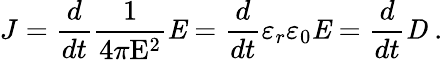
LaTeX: J={\frac{d}{dt}}{\frac{1}{4\pi\mathrm{E}^{2}}}{\mathit{E}}={\frac{d}{dt}}\varepsilon_{r}\varepsilon_{0}{\mathit{E}}={\frac{d}{dt}}{\mathit{D}}\ .